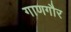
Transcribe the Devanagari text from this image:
गाणगौर